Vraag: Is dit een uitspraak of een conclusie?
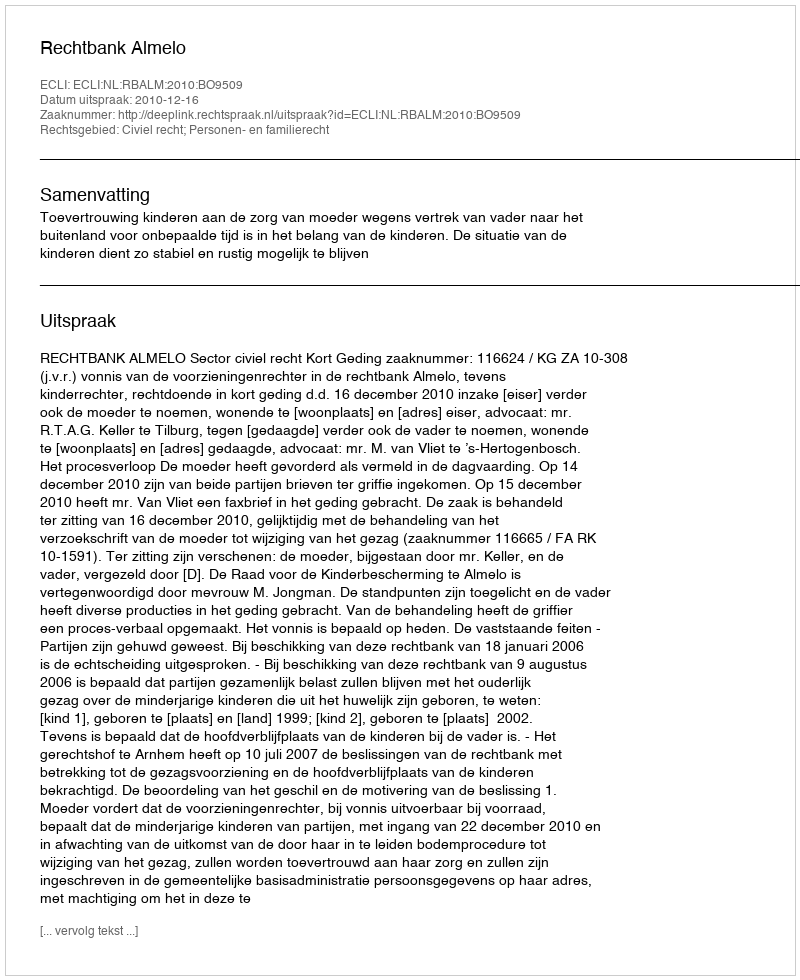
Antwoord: Uitspraak